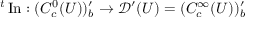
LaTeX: { } ^ { t } \operatorname { I n } : ( C _ { c } ^ { 0 } ( U ) ) _ { b } ^ { \prime } \to { \mathcal { D } } ^ { \prime } ( U ) = ( C _ { c } ^ { \infty } ( U ) ) _ { b } ^ { \prime }